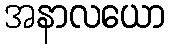
အနာလယော